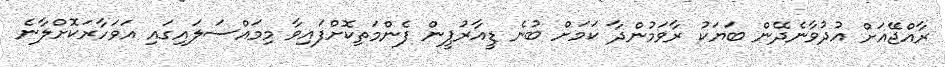
ރާއްޖޭއަށް އުދުވާނެދޭން ބަޔަކު ރާވަމުންދާ ކަމަށް ބުނެ ޑީއާރުޕީން ފެންމަތިކޮށްފައިވާ މިމައްސަލައިގައި އަވަހާރަކޮށްލާނެ